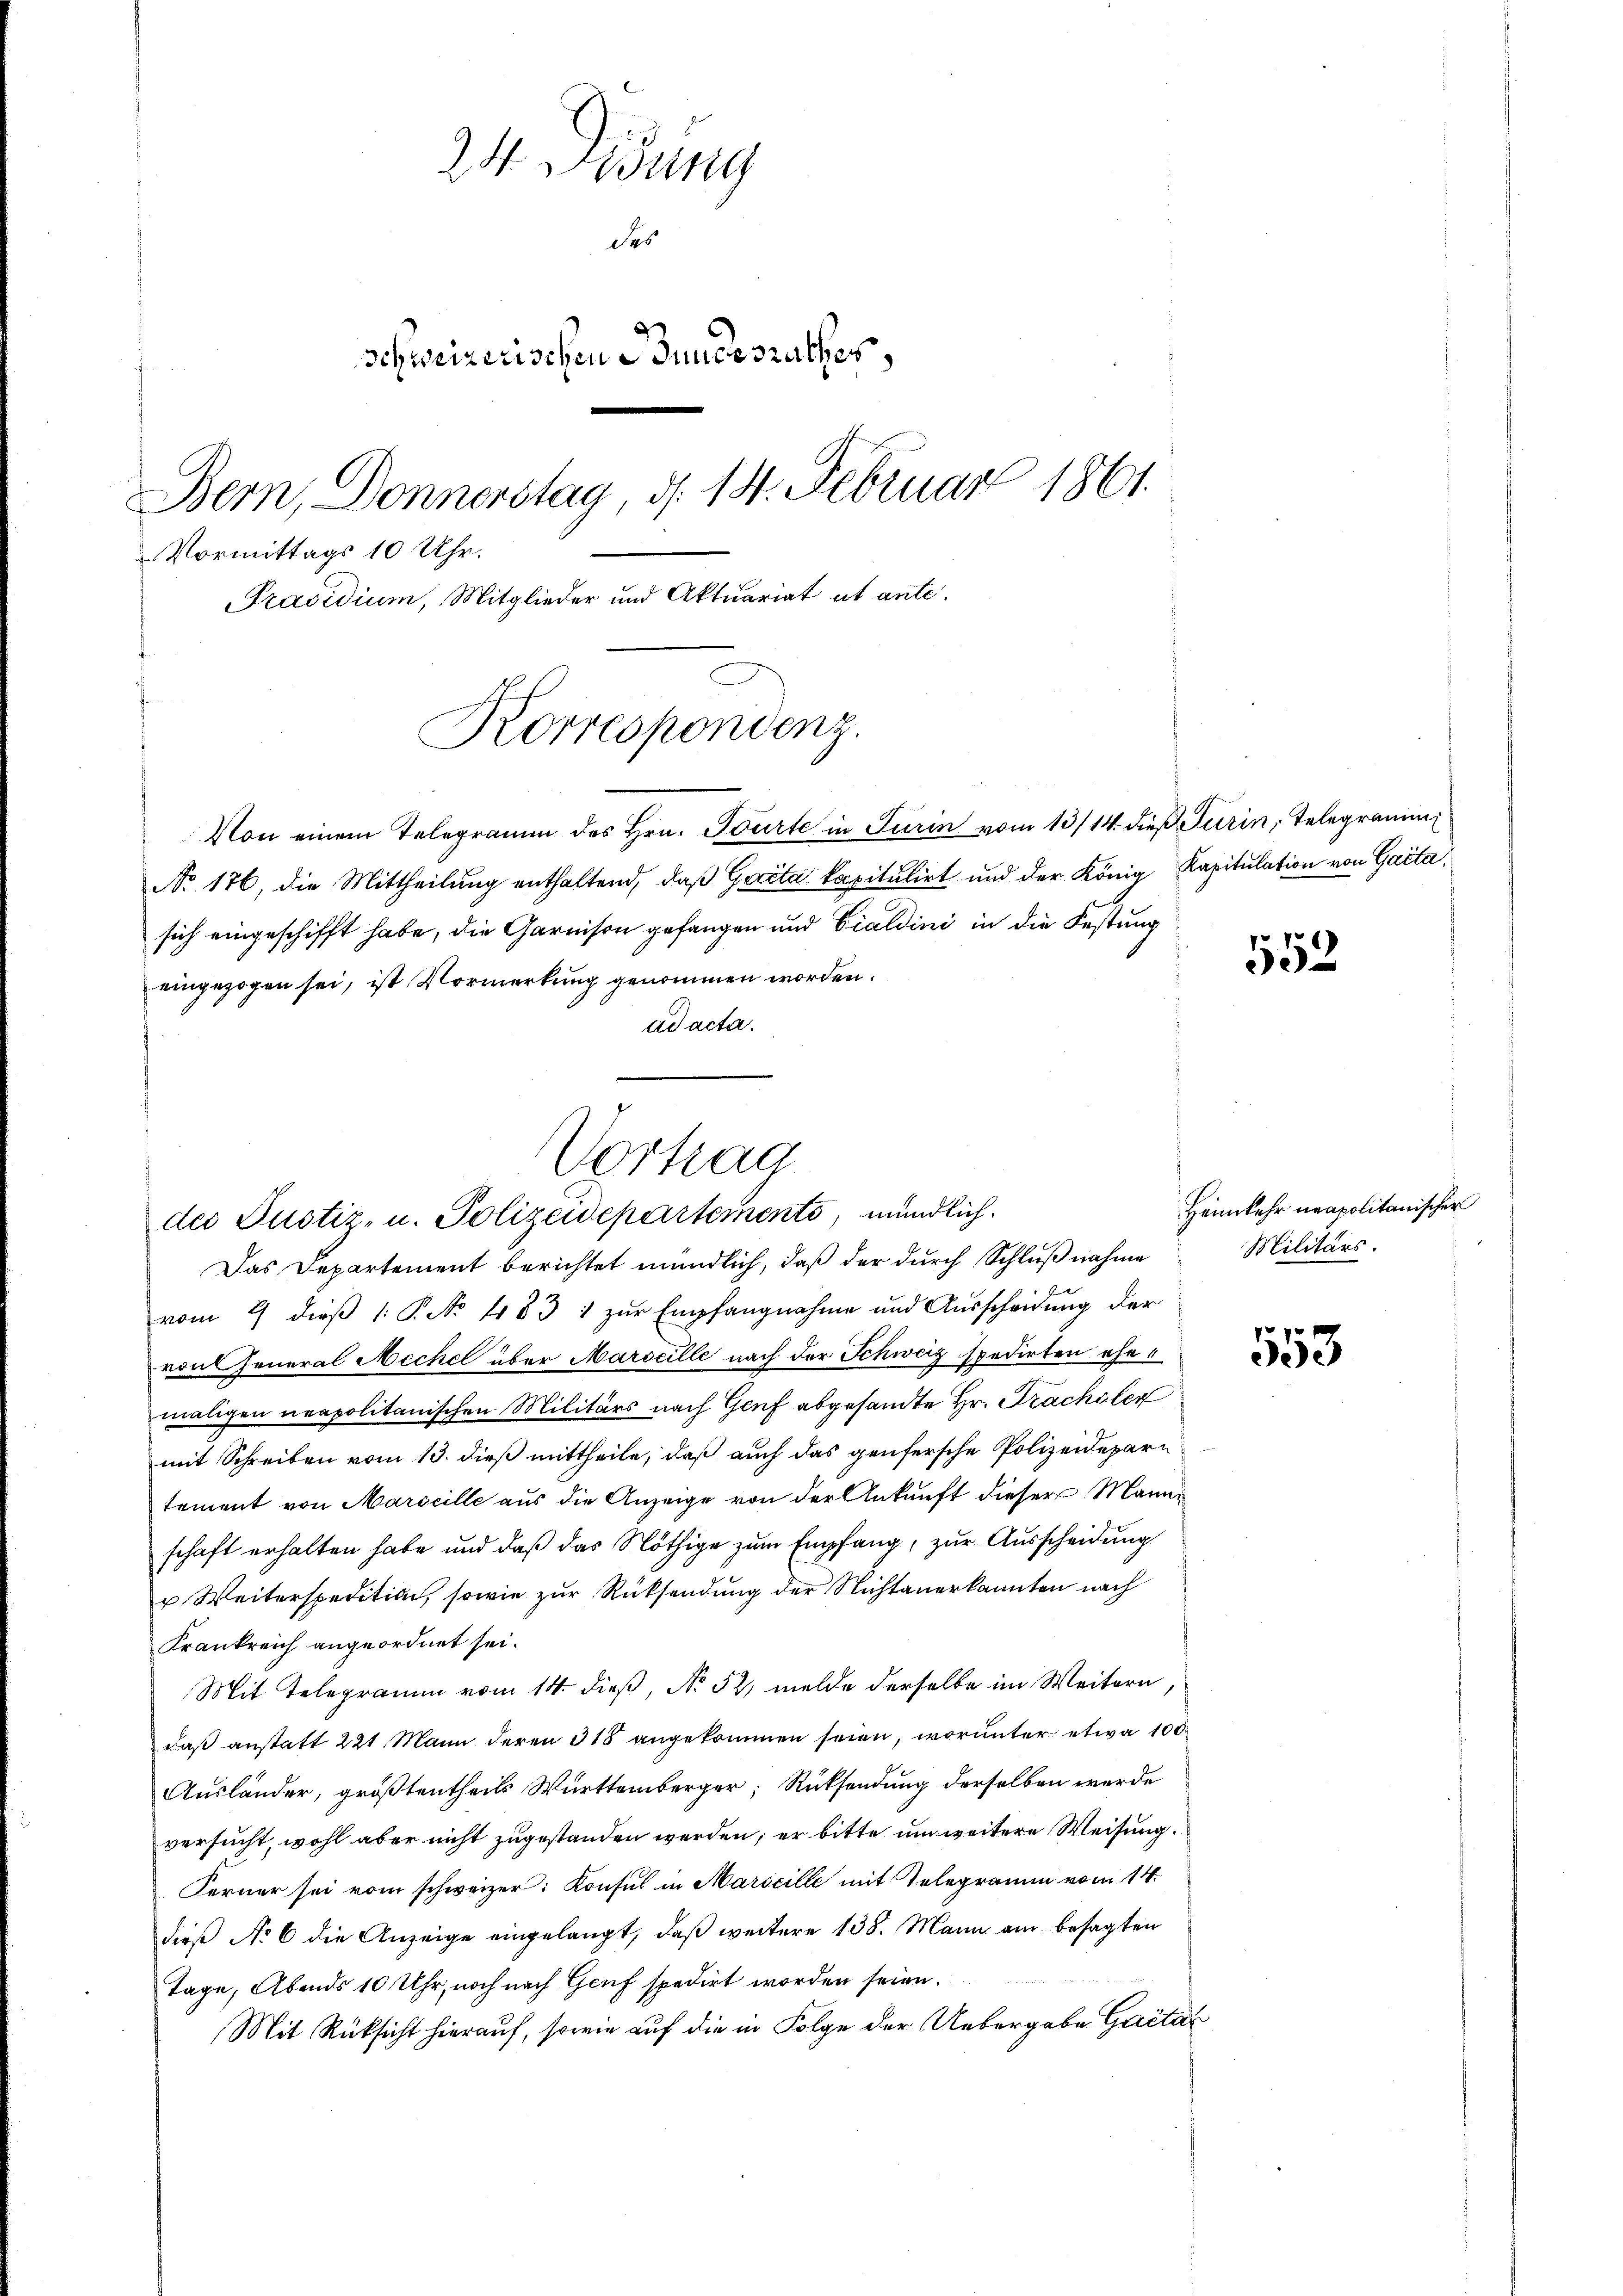
24 Didung
des
Schweizerischen Bundesrathes,
Bern, Donnerstag, d. 14. Februar 1861.
Vormittags 10 Uhr.
Präsidium, Mitglieder und Aktuariat et ante.
In
Korrespondenz.

Von einem Telegramm des Hrn. Tourte in Turin vom 13/14. dieß Turin, Telegramm
No 176, die Mittheilung enthaltend, daß Gecita kapitulirt und der König Kapitulation von Gaita
sich eingeschifft habe, die Garnison gefangen und Eialdini in die Festung
eingezogen sei, ist Vormerkung genommen worden.
ad acta.
Das Departement berichtet mündlich, daß der durch Schlußnahme
vom 9 dieß 1: P. No. 483 1 zur Empfangnahme und Ausscheidung der
von General Meche über Marseille nach der Schweiz spedirten ehemaligen neapolitanischen Militärs nach Genf abgesandte Hr. Trachsler
mit Schreiben vom 13. dieß mittheile, daß auch das genfersche Polizeidepartement von Marseille aus die Anzeige von der Ankunft dieser Manne
schaft erhalten habe und daß das Nöthige zum Empfang, zur Ausscheidung
u Weiterspedition, sowie zur Rücksendung der Nichtanerkannten nach
Frankreich angeordnet sei.
Mit Telegramm vom 14. dieß, No 52. melde derselbe im Weitern,
daβ anstatt 221 Mann deren 318 angekommen seien, worunter etwa 100
Ausländer, größtentheils Württemberger, Rücksendung derselben werde
versucht, wohl aber nicht zugestanden werden; er bitte um weitere Weisung.
Ferner sei vom schweizer: Konsul in Marscille mit Telegramm vom 14.
dieß No 6 die Anzeige eingelangt, daß weitere 138. Mann am besagten
Tage, Abends 10 Uhr, noch nach Genf spedirt worden seien.
Mit Rücksicht hierauf, sowie auf die in Folge der Uebergabe Gaital

Vortrag
der Justiz- u. Polizeidepartemento, mündlich.

552

Heimkehr neapolitanischer
Militärs.

553